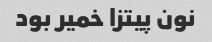
نون پیتزا خمیر بود